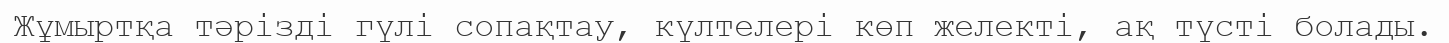
Жұмыртқа тәрізді гүлі сопақтау, күлтелері көп желекті, ақ түсті болады.